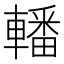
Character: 轓